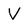
Character: V